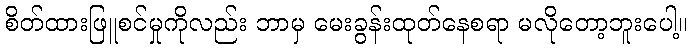
စိတ်ထားဖြူစင်မှုကိုလည်း ဘာမှ မေးခွန်းထုတ်နေစရာ မလိုတော့ဘူးပေါ့။